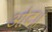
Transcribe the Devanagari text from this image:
ओट॥